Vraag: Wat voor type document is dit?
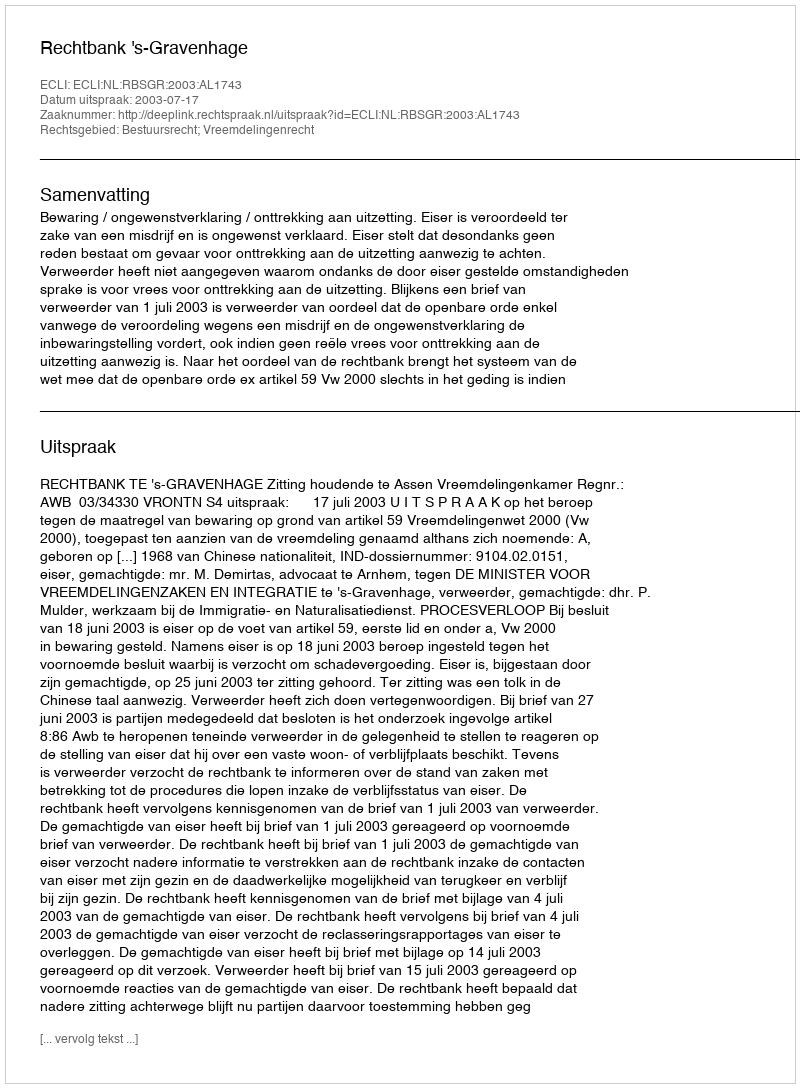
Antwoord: Uitspraak